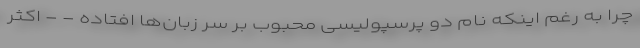
چرا به رغم اینکه نام دو پرسپولیسی محبوب بر سر زبان‌ها افتاده - - اکثر